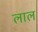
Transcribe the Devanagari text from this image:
लाल